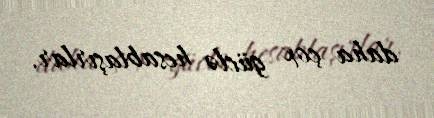
daha çox güclə hesablaşırlar.